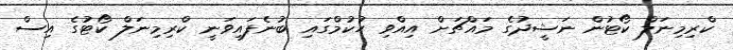
ކްރިމިނަލް ކޯޓުން ނަޝީދުގެ މައްޗަށް އިއްވި ހުކުމްގައި ބުނެފައިވަނީ ކްރިމިނަލް ކޯޓުގެ އިސް